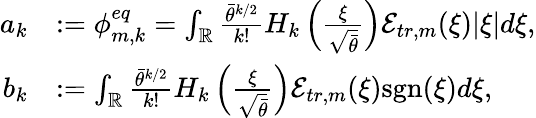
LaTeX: \begin{array}{rl}{a_{k}}&{:=\phi_{m,k}^{eq}=\int_{\mathbb{R}}\frac{\bar{\theta}^{k/2}}{k!}H_{k}\left(\frac{\xi}{\sqrt{\bar{\theta}}}\right)\mathcal{E}_{tr,m}(\xi)|\xi|d\xi,}\\ {b_{k}}&{:=\int_{\mathbb{R}}\frac{\bar{\theta}^{k/2}}{k!}H_{k}\left(\frac{\xi}{\sqrt{\bar{\theta}}}\right)\mathcal{E}_{tr,m}(\xi)\mathrm{sgn}(\xi)d\xi,}\end{array}